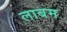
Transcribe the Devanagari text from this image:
लाबम